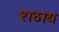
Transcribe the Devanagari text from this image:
शठाय